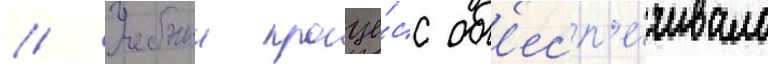
// Учебныи проце́сс об'есп'е́чивало